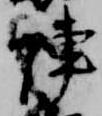
陣